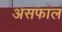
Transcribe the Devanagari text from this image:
असफाल